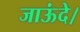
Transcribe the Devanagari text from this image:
जाऊंदे।